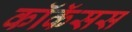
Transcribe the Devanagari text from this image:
कॉकॅसस